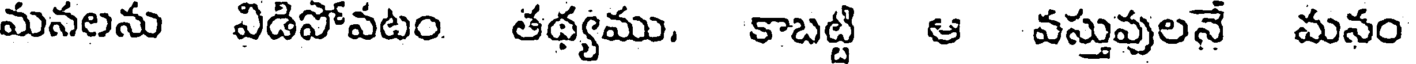
మనలను విడిపోవటం తథ్యము. కాబట్టి ఆ వస్తువులనే మనం